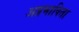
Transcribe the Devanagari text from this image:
अप्रभाविता